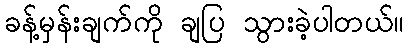
ခန့်မှန်းချက်ကို ချပြ သွားခဲ့ပါတယ်။